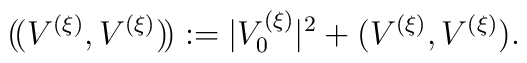
(\!(V^{(\xi)},V^{(\xi)})\!):=|V^{(\xi)}_0|^2+(V^{(\xi)},V^{(\xi)}).